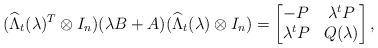
LaTeX: \begin{align*}(\widehat{\Lambda}_t(\lambda)^T\otimes I_n)(\lambda B+A)(\widehat{\Lambda}_t(\lambda)\otimes I_n) = \begin{bmatrix}-P & \lambda^t P \\\lambda^t P & Q(\lambda)\end{bmatrix},\end{align*}